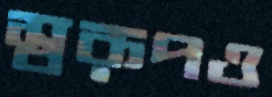
স্বরূপও